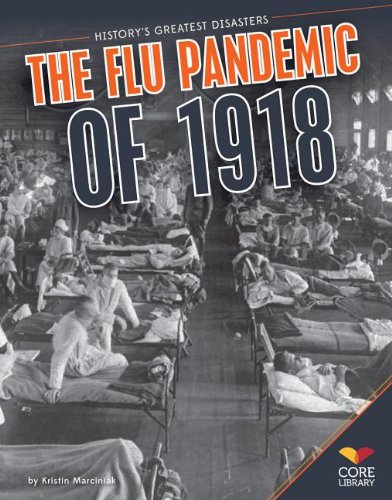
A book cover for Flu Pandemic of 1918 (History's Greatest Disasters); Kristin Marciniak; Children's Books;